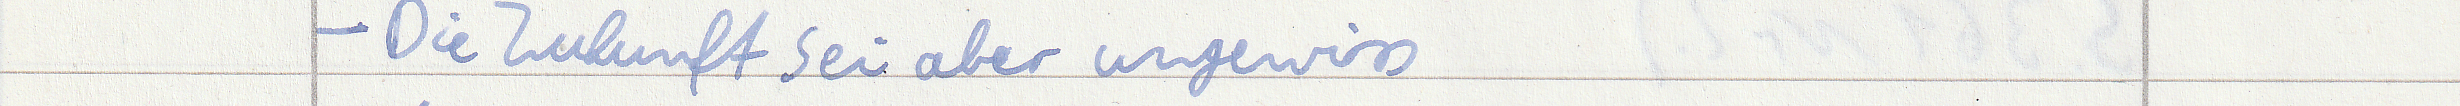
- Die Zukunft sei aber ungewiss